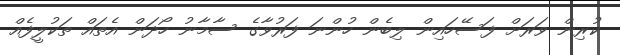
ކުރިން ވަރަށް ފަސޭހައިން ލިބެން ހުންނަ ފަރުވާގެ ސާމާނު ހޯދަން އެތައް ތަކުލީފެއް